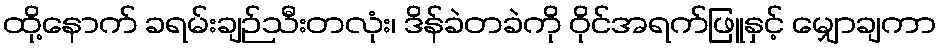
ထို့နောက် ခရမ်းချဉ်သီးတလုံး၊ ဒိန်ခဲတခဲကို ဝိုင်အရက်ဖြူနှင့် မျှောချကာ